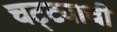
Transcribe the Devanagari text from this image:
चट्ट्याची